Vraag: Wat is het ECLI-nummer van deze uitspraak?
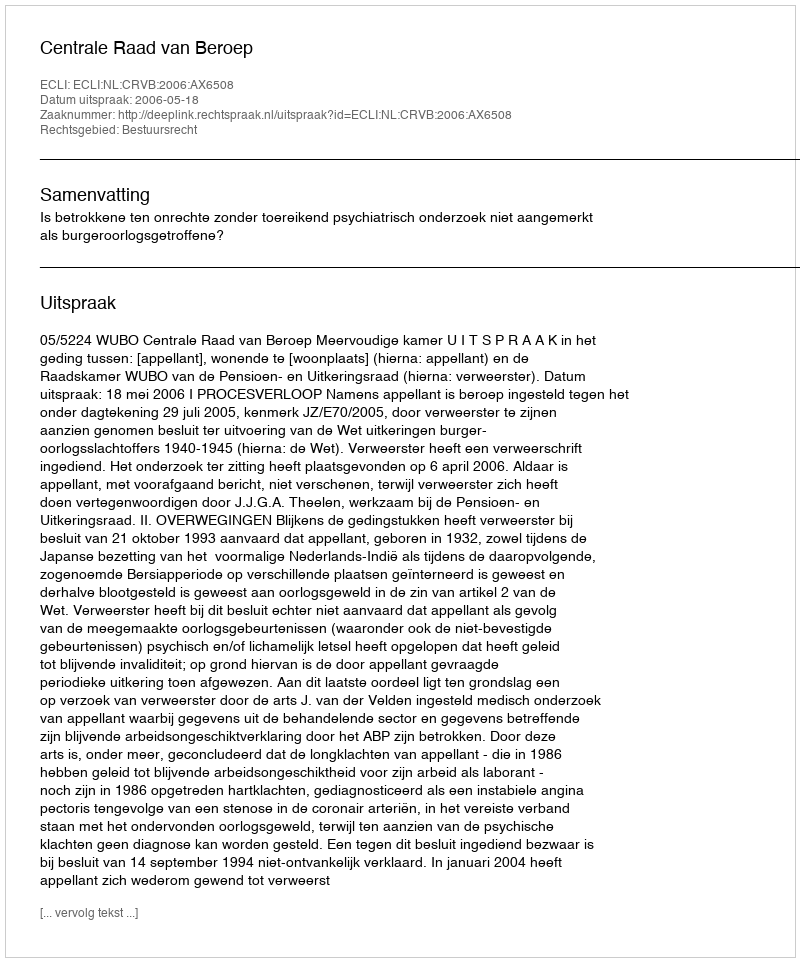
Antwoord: ECLI:NL:CRVB:2006:AX6508